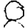
Digit: 8